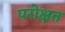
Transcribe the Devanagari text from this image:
परोक्षत